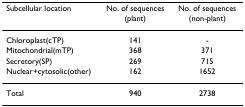
<table><thead><tr><td><b>Subcellular location</b></td><td><b>No. of sequences (plant)</b></td><td><b>No. of sequences (non-plant)</b></td></tr></thead><tbody><tr><td>Chloroplast(cTP)</td><td>141</td><td>-</td></tr><tr><td>Mitochondrial(mTP)</td><td>368</td><td>371</td></tr><tr><td>Secretory(SP)</td><td>269</td><td>715</td></tr><tr><td>Nuclear+cytosolic(other)</td><td>162</td><td>1652</td></tr><tr><td>Total</td><td>940</td><td>2738</td></tr></tbody></table>